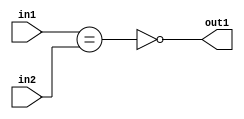
`timescale 1ps / 1ps
/*****************************************************************************
    Verilog RTL Description
    
    
    Created by: Stratus DpOpt 2019.1.01 
*******************************************************************************/

module feature_write_addr_gen_NotEQ_3Ux3U_1U_4_0 (
	in2,
	in1,
	out1
	); /* architecture "behavioural" */ 
input [2:0] in2,
	in1;
output  out1;
wire  asc001,
	asc002;

assign asc002 = (in1==in2);

assign asc001 = 
	((~asc002));

assign out1 = asc001;
endmodule

/* CADENCE  ubTwSwE= : u9/ySgnWtBlWxVPRXgAZ4Og= ** DO NOT EDIT THIS LINE ******/